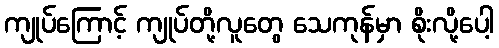
ကျုပ်ကြောင့် ကျုပ်တို့လူတွေ သေကုန်မှာ စိုးလို့ပေါ့